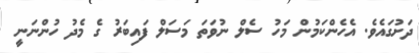
ދަށުގައެވެ. އެހެންކަމުން މަހު ސެލް ނުވަތަ މަސަލް ފައިބަރު ގެ މެދު ހުންނަނީ